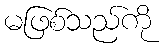
မဖြစ်သည်ကို